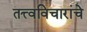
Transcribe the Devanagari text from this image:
तत्त्वविचारांचे